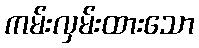
ကမ်းလှမ်းထားသော